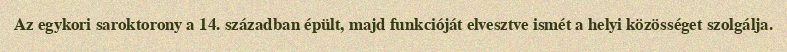
Az egykori saroktorony a 14. században épült, majd funkcióját elvesztve ismét a helyi közösséget szolgálja.